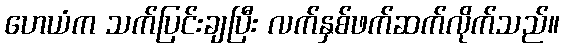
ဟေယံက သက်ပြင်းချပြီး လက်နှစ်ဖက်ဆက်လိုက်သည်။